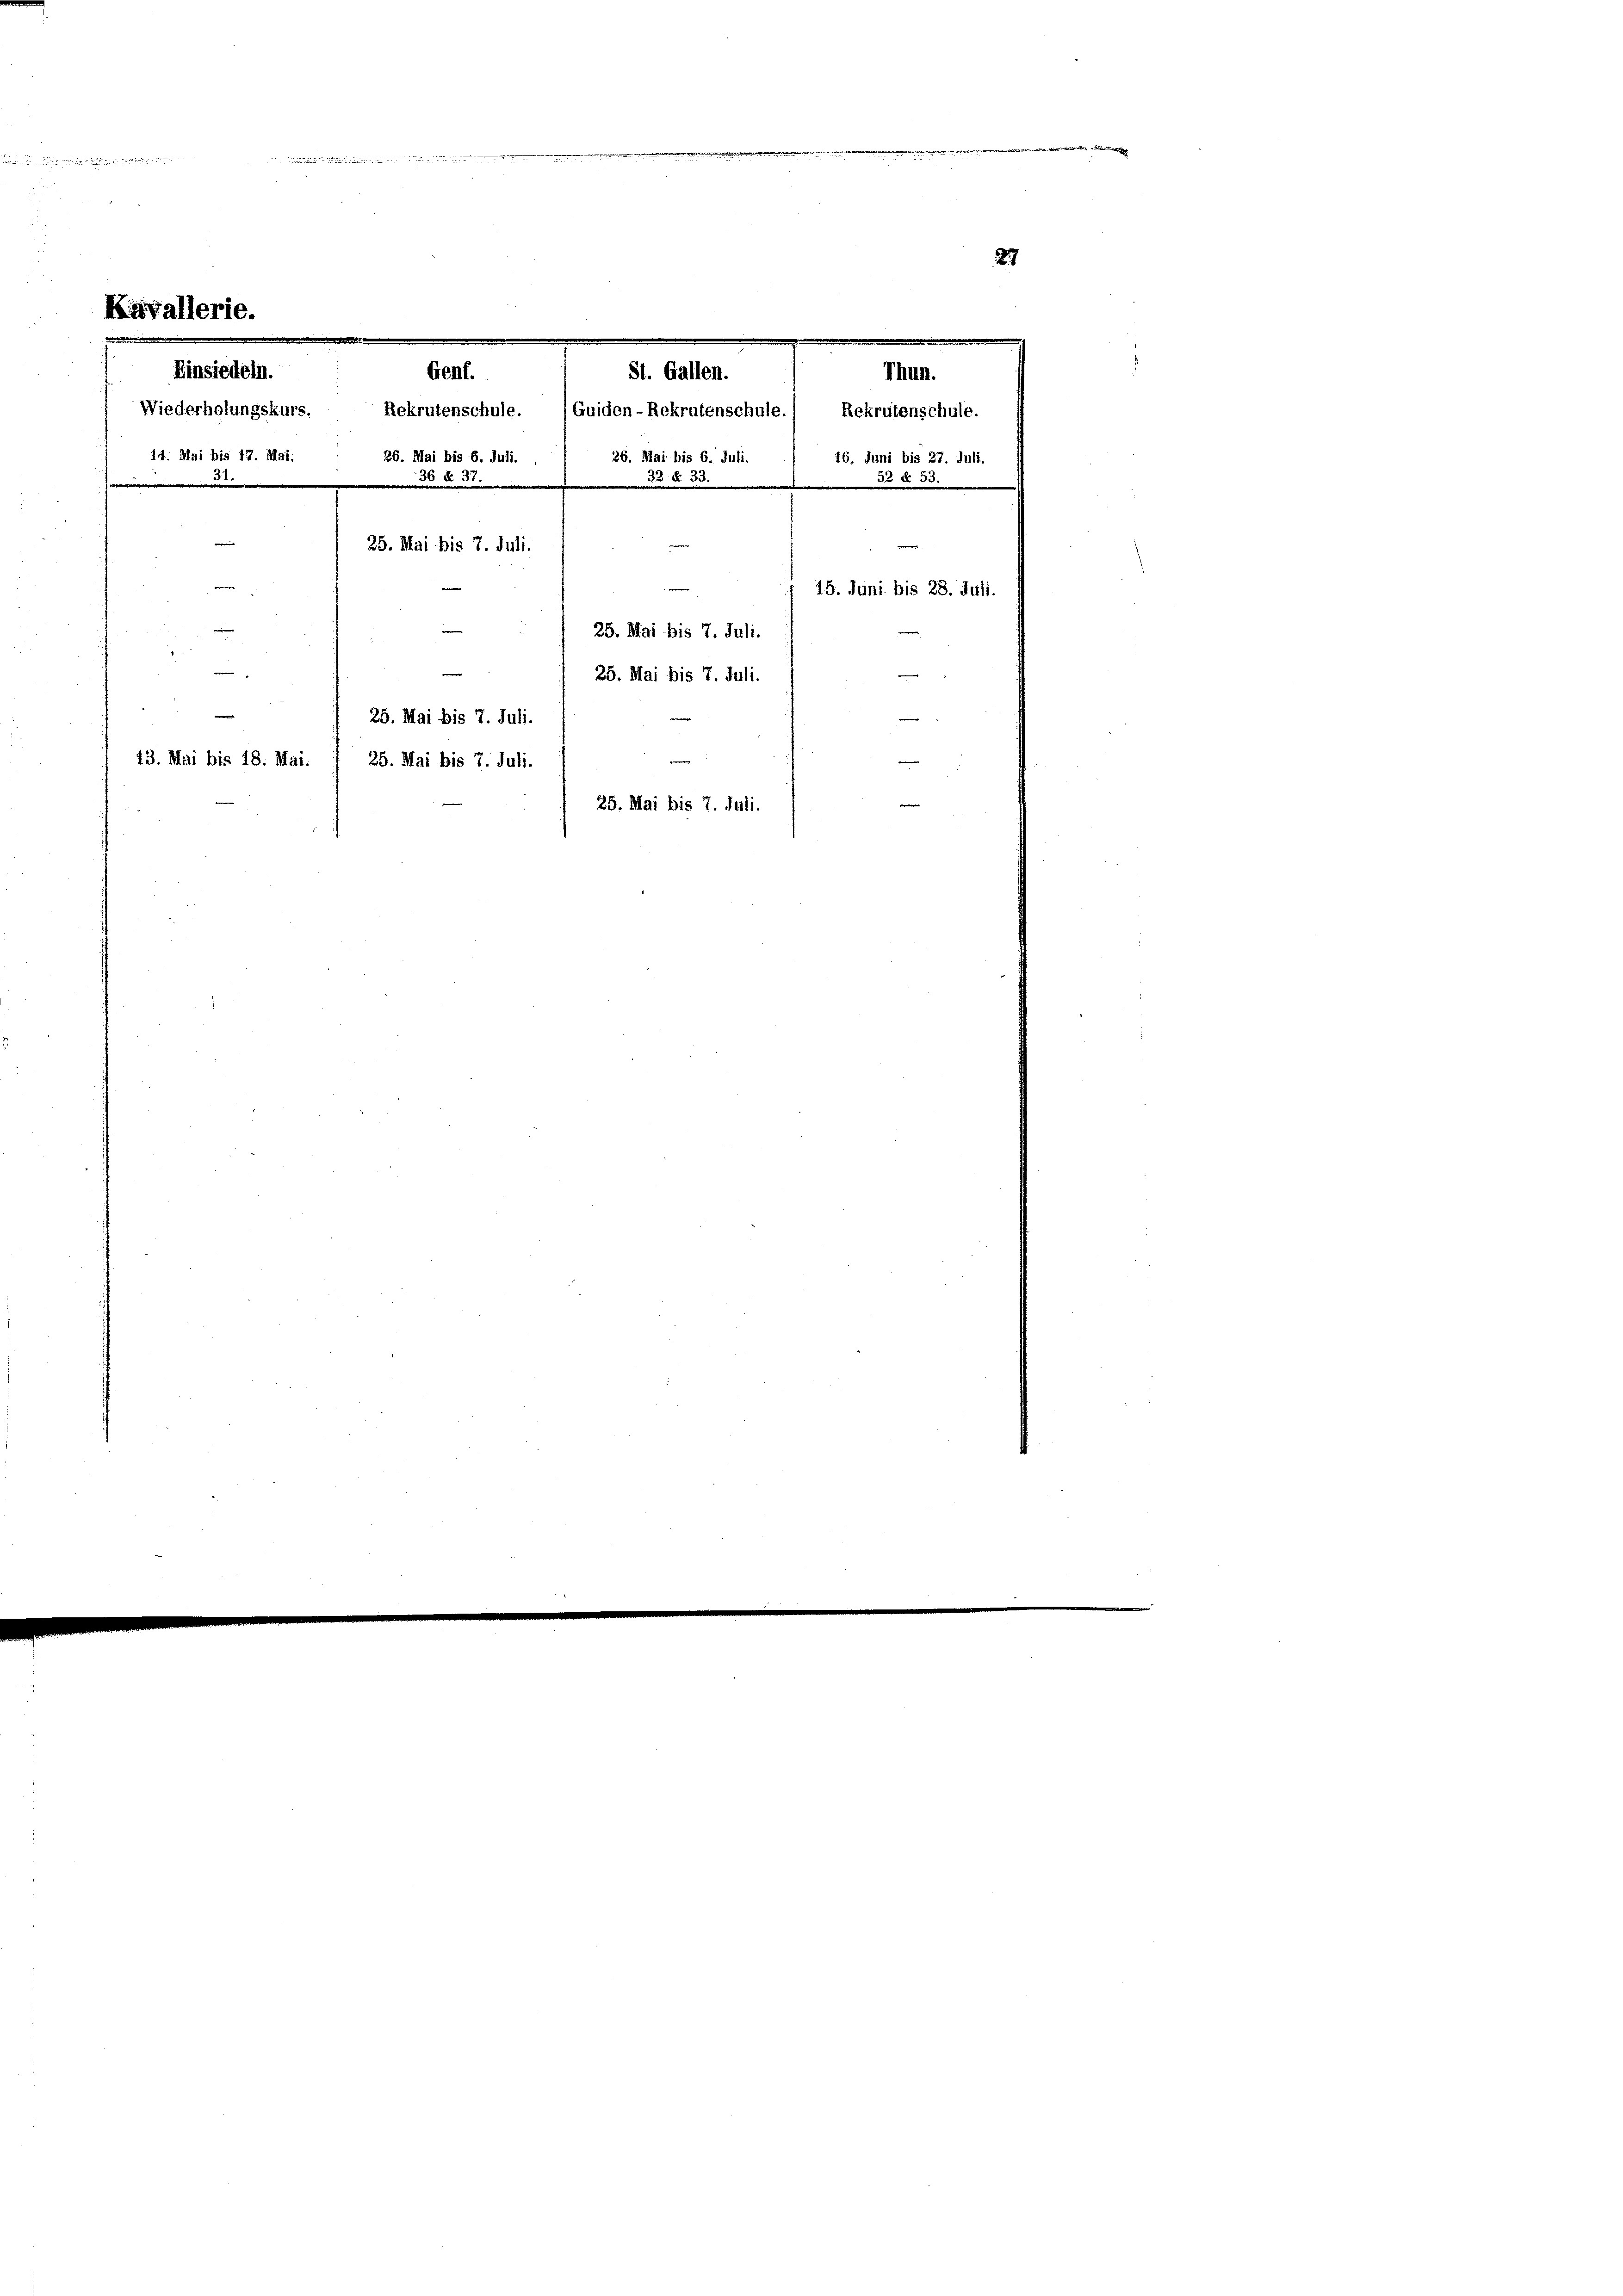
e

14. Mai bis 17. Mai.
.

gegen

St. Gallen.
Genf.
Wiederholungskurs. Rekrutenschule. (Guiden-Rekrutenschule.) Rekrutenschule.
.
26. Mai bis 6. Juli.
26. Mai bis 6. Juli.
33. d. 33.
36. f. 32.
e
25. Mai bis 7. Juli.
25. Mai bis 7. Juli.
25. Mai bis 7. Juli.
23. Mai bis 18. Mai. / 25. Mai bis 7. Juli.
25. Mai bis 7. Juli.

25. Mai bis 7. Juli.

Thun.
16. Juni bis 27. Juli.
3 S. 55.

15. Juni bis 28. Juli.